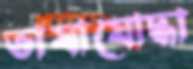
ভাষাযোদ্ধা